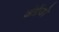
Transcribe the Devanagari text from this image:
अंग्रेंजो